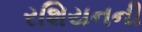
રશિયનની